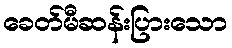
ခေတ်မီဆန်းပြားသော